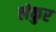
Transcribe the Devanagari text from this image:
लेकुर